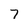
Character: 7